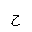
Letter: _ha